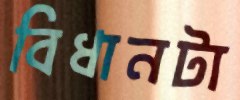
বিধানটা